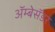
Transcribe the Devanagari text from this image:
अॅम्बेसॅडर